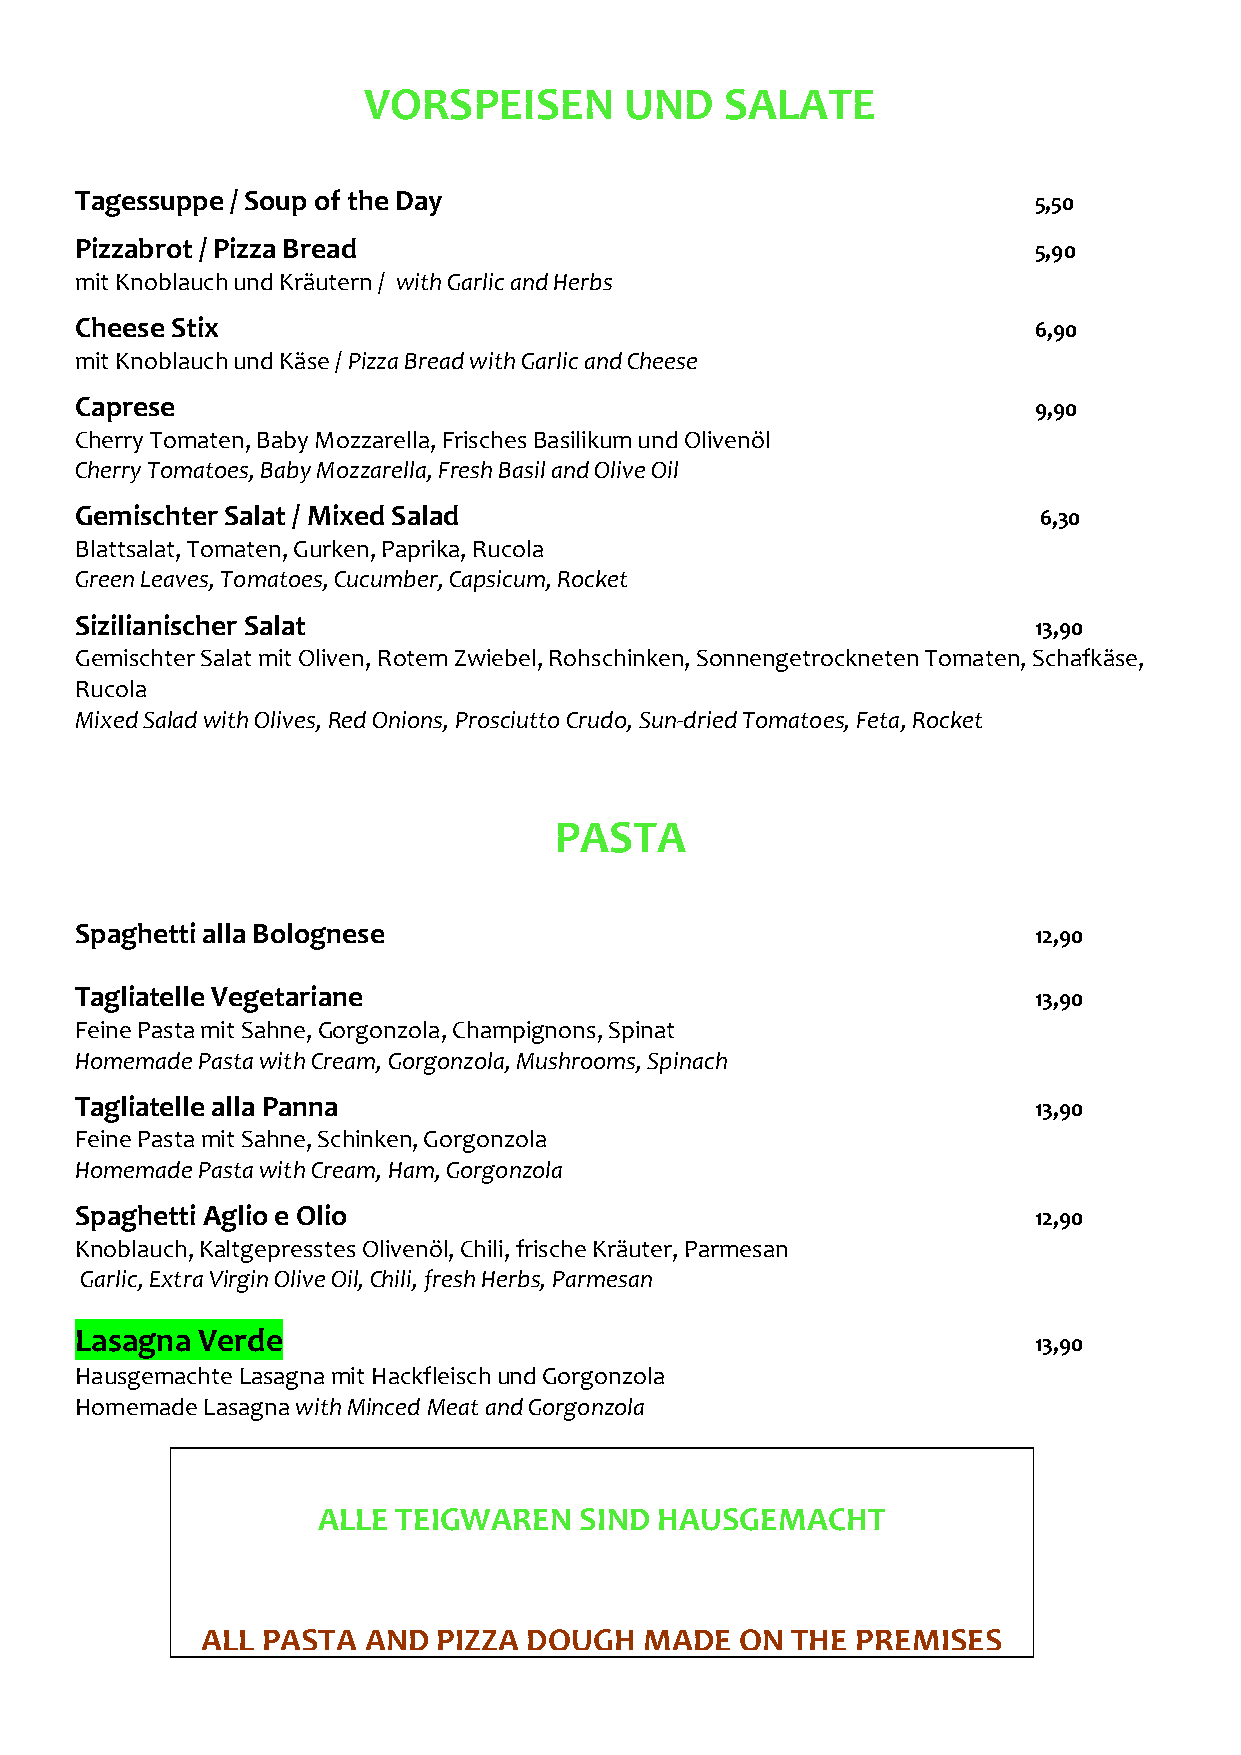
VORSPEISEN       UND    SALATE
 Tagessuppe / Soup of the Day                                   5,50
 Pizzabrot / Pizza Bread                                        5,90
 mit Knoblauch und Kräutern / with Garlic and Herbs
 Cheese Stix                                                    6,90
 mit Knoblauch und Käse / Pizza Bread with Garlic and Cheese
 Caprese                                                        9,90
 Cherry Tomaten, Baby Mozzarella, Frisches Basilikum und Olivenöl
 Cherry Tomatoes, Baby Mozzarella, Fresh Basil and Olive Oil
 Gemischter Salat / Mixed Salad                                  6,30
 Blattsalat, Tomaten, Gurken, Paprika, Rucola
 Green Leaves, Tomatoes, Cucumber, Capsicum, Rocket
 Sizilianischer Salat                                           13,90
 Gemischter Salat mit Oliven, Rotem Zwiebel, Rohschinken, Sonnengetrockneten Tomaten, Schafkäse,
 Rucola
 Mixed Salad with Olives, Red Onions, Prosciutto Crudo, Sun-dried Tomatoes, Feta, Rocket
 PASTA
 Spaghetti alla Bolognese                                       12,90
 Tagliatelle Vegetariane                                        13,90
 Feine Pasta mit Sahne, Gorgonzola, Champignons, Spinat
 Homemade Pasta with Cream, Gorgonzola, Mushrooms, Spinach
 Tagliatelle alla Panna                                         13,90
 Feine Pasta mit Sahne, Schinken, Gorgonzola
 Homemade Pasta with Cream, Ham, Gorgonzola
 Spaghetti Aglio e Olio                                         12,90
 Knoblauch, Kaltgepresstes Olivenöl, Chili, frische Kräuter, Parmesan
 Garlic, Extra Virgin Olive Oil, Chili, fresh Herbs, Parmesan
 Lasagna Verde
 13,90
 Hausgemachte Lasagna mit Hackfleisch und Gorgonzola
 Homemade Lasagna with Minced Meat and Gorgonzola
 ALLE TEIGWAREN   SIND HAUSGEMACHT
 PIZZE
 ALL PASTA  AND  PIZZA DOUGH   MADE  ON THE  PREMISES